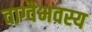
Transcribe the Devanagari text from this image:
वाग्वैभवस्य